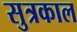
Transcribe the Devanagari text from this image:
सुत्रकाल